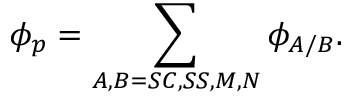
\phi _ { p } = \sum _ { A , B = S C , S S , M , N } \phi _ { A / B } .